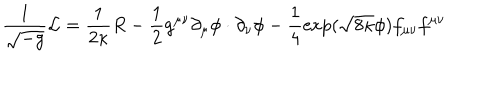
\frac { 1 } { \sqrt { - g } } { \cal L } = \frac { 1 } { 2 \kappa } R - \frac { 1 } { 2 } g ^ { \mu \nu } \partial _ { \mu } \phi \cdot \partial _ { \nu } \phi - \frac { 1 } { 4 } \exp ( \sqrt { 8 \kappa } \phi ) f _ { \mu \nu } f ^ { \mu \nu }